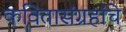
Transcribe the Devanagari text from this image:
कवितासंग्रहांचे